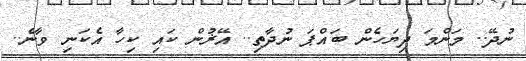
ނުދޭ.. މަންމަ ދިޔަހެން ބައްޕަ ނުދާތި.. އޭޜުން ކައި ކިހާ އެކަނި ވާނެ..